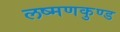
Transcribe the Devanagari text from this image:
लष्मणकुण्ड